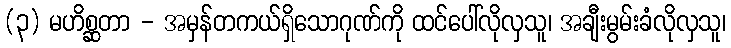
(၃) မဟိစ္ဆတာ - အမှန်တကယ်ရှိသောဂုဏ်ကို ထင်ပေါ်လိုလှသူ၊ အချီးမွမ်းခံလိုလှသူ၊